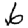
Digit: 6